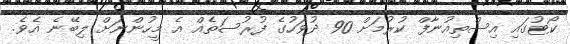
ކޯޓުގައި އިސްތިއުނާފް ކުރުމަށް 90 ދުވަހުގެ ފުރުސަތެއް އެ މީހުންނަށް ލިބޭނެ އެވެ.